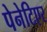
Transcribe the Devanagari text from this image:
पेनेटिएर